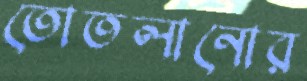
তোতলানোর